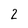
Character: 2